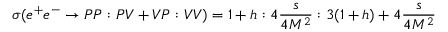
\sigma ( e ^ { + } e ^ { - } \rightarrow P P : P V + V P : V V ) = 1 + h : 4 \frac { s } { 4 M ^ { 2 } } : 3 ( 1 + h ) + 4 \frac { s } { 4 M ^ { 2 } }